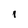
Character: I